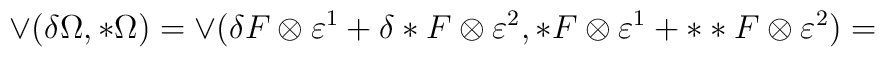
\vee(\delta \Omega,*\Omega)=\vee (\delta F \otimes\varepsilon^1 +\delta *F \otimes\varepsilon^2,*F\otimes\varepsilon^1+**F\otimes\varepsilon^2)=